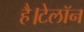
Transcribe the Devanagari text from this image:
है।टेलॉन